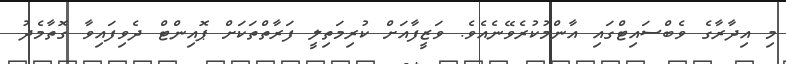
މި އިދާރާގެ ވެބްސައިޓްގައި އާންމުކުރެވޭނެއެވެ. ވަޒީފާއަށް ކުރިމަތިލީ ފަރާތްތަކަށް ޕޮއިންޓް ދެވިފައިވާ ގޮތާމެދު